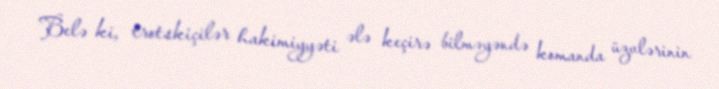
Belə ki, trotskiçilər hakimiyyəti ələ keçirə bilməyəndə komanda üzvlərinin